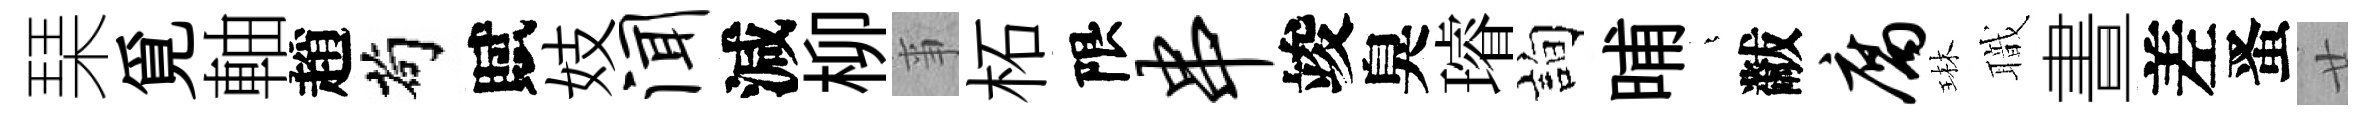
琹覓軸趙茍賦妓闻減柳亊柘限串竣臭璿詢晡燁黻腐琳職晝差󱉠廿